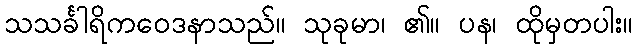
သသင်္ခါရိကဝေဒနာသည်။ သုခုမာ၊ ၏။ ပန၊ ထိုမှတပါး။